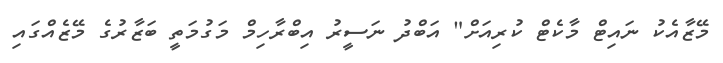
މޭޒާއެކު ނައިޓް މާކެޓް ކުރިއަށް" އަބްދު ނަސީރު އިބްރާހިމް މަގުމަތީ ބަޒާރުގެ މޭޒެއްގައި